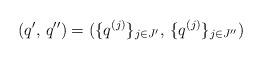
LaTeX: \begin{align*}(q',\, q'') = (\{q^{(j)}\}_{j \in J'},\, \{q^{(j)}\}_{j \in J''})\end{align*}